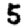
Digit: 5